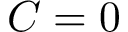
C = 0